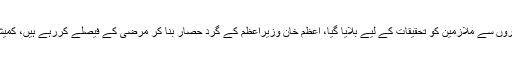
انہوں نے کہا کہ لاک ڈاؤن کے دوران گھروں سے ملازمین کو تحقیقات کے لیے بلایا گیا، اعظم خان وزیراعظم کے گرد حصار بنا کر مرضی کے فیصلے کررہے ہیں، کمیشن نے ذمہ دار ٹھہرایا تو چیلنج کریں گے۔